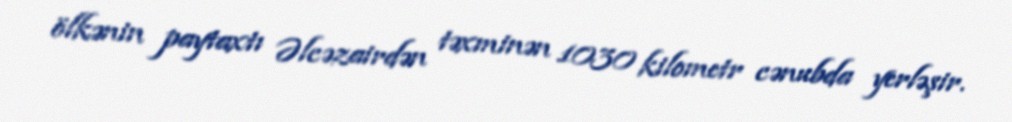
ölkənin paytaxtı Əlcəzairdən təxminən 1030 kilometr cənubda yerləşir.